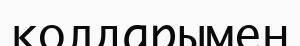
колдарымен